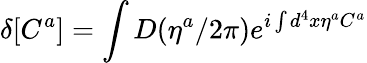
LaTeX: \delta[C^{a}]=\int D(\eta^{a}/2\pi)e^{i\int d^{4}x\eta^{a}C^{a}}